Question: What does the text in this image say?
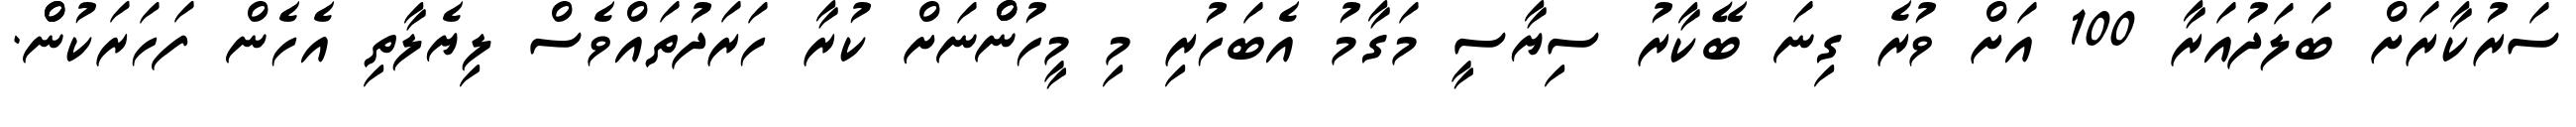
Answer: ސަރުކާރަށް ބަލަދުއަރާ 100 އަށް ވުރެ ގިނަ ބޭކާރު ސިޔާސީ މަގާމު އެބަހުރި މި މީހުންްނަށް ކުރާ ހަރަދުތައްވެސް ލިޔެލާތި އެހެން ފަހަރަކުންް.